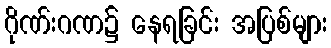
ဂိုဏ်းဂဏ၌ နေရခြင်း အပြစ်များ